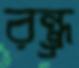
রন্ধ্র্র